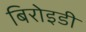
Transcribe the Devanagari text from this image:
बिरोइडी